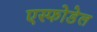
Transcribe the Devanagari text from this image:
एस्फोडेल